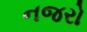
નજરો